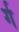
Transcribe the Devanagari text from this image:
र्ग